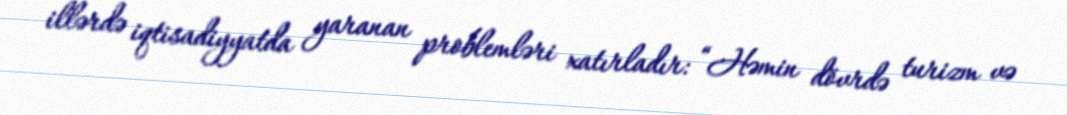
illərdə iqtisadiyyatda yaranan problemləri xatırladır: “Həmin dövrdə turizm və